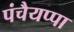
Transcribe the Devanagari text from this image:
पंचैयप्पा